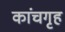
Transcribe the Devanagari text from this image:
कांचगृह